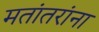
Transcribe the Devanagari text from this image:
मतांतरांना